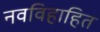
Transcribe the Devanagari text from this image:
नवविहाहित